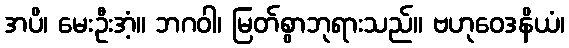
အပိ၊ မေးဦးအံ့။ ဘဂဝါ၊ မြတ်စွာဘုရားသည်။ ဗဟုဝေဒနိယံ၊